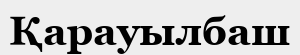
Қарауылбаш